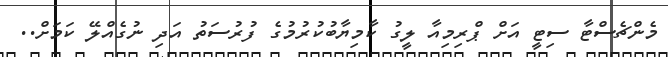
މެންޗެސްޓާ ސިޓީ އަށް ޕްރިމިއާ ލީގު ކާމިޔާބުުކުރުމުގެ ފުރުސަތު އަދި ނުގެއްލޭ ކަމަށް..